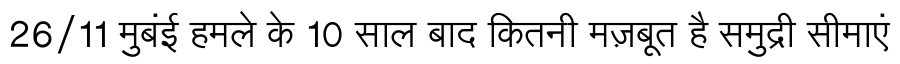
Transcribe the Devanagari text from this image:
26/11 मुबंई हमले के 10 साल बाद कितनी मज़बूत है समुद्री सीमाएं